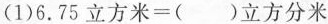
(1)$$6.75立方米=( )立方分米$$